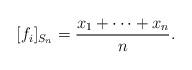
LaTeX: \begin{align*}[f_i]_{S_n} = \frac{x_1+\cdots + x_n}{n}.\end{align*}